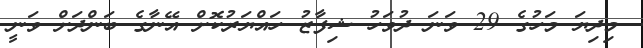
މިދިޔަ މަހުގެ 29 ވަނަ ދުވަހު ޝިފާޒު ހައްޔަރުކޮށް އޭނާގެ ބަންދަށް ވަނީ